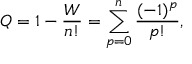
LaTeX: Q = 1 - { \frac { W } { n ! } } = \sum _ { p = 0 } ^ { n } { \frac { ( - 1 ) ^ { p } } { p ! } } ,